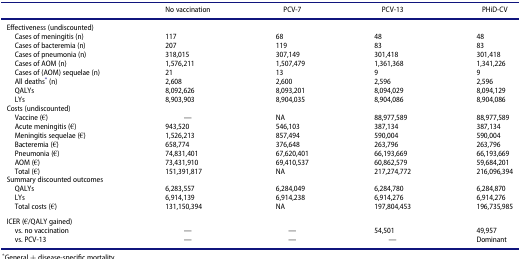
<table><thead><tr><td><b> </b></td><td><b>No vaccination</b></td><td><b>PCV-7</b></td><td><b>PCV-13</b></td><td><b>PHiD-CV</b></td></tr></thead><tbody><tr><td colspan="5">Effectiveness (undiscounted)</td></tr><tr><td> Cases of meningitis (n)</td><td>117</td><td>68</td><td>48</td><td>48</td></tr><tr><td> Cases of bacteremia (n)</td><td>207</td><td>119</td><td>83</td><td>83</td></tr><tr><td> Cases of pneumonia (n)</td><td>318,015</td><td>307,149</td><td>301,418</td><td>301,418</td></tr><tr><td> Cases of AOM (n)</td><td>1,576,211</td><td>1,507,479</td><td>1,361,368</td><td>1,341,226</td></tr><tr><td> Cases of (AOM) sequelae (n)</td><td>21</td><td>13</td><td>9</td><td>9</td></tr><tr><td> All deaths<sup>*</sup> (n)</td><td>2,608</td><td>2,600</td><td>2,596</td><td>2,596</td></tr><tr><td> QALYs</td><td>8,092,626</td><td>8,093,201</td><td>8,094,029</td><td>8,094,129</td></tr><tr><td> LYs</td><td>8,903,903</td><td>8,904,035</td><td>8,904,086</td><td>8,904,086</td></tr><tr><td colspan="5">Costs (undiscounted)</td></tr><tr><td> Vaccine (€)</td><td>—</td><td>NA</td><td>88,977,589</td><td>88,977,589</td></tr><tr><td> Acute meningitis (€)</td><td>943,520</td><td>546,103</td><td>387,134</td><td>387,134</td></tr><tr><td> Meningitis sequelae (€)</td><td>1,526,213</td><td>857,494</td><td>590,004</td><td>590,004</td></tr><tr><td> Bacteremia (€)</td><td>658,774</td><td>376,648</td><td>263,796</td><td>263,796</td></tr><tr><td> Pneumonia (€)</td><td>74,831,401</td><td>67,620,401</td><td>66,193,669</td><td>66,193,669</td></tr><tr><td> AOM (€)</td><td>73,431,910</td><td>69,410,537</td><td>60,862,579</td><td>59,684,201</td></tr><tr><td> Total (€)</td><td>151,391,817</td><td>NA</td><td>217,274,772</td><td>216,096,394</td></tr><tr><td colspan="5">Summary discounted outcomes</td></tr><tr><td> QALYs</td><td>6,283,557</td><td>6,284,049</td><td>6,284,780</td><td>6,284,870</td></tr><tr><td> LYs</td><td>6,914,139</td><td>6,914,238</td><td>6,914,276</td><td>6,914,276</td></tr><tr><td> Total costs (€)</td><td>131,150,394</td><td>NA</td><td>197,804,453</td><td>196,735,985</td></tr><tr><td>ICER (€/QALY gained)</td><td> </td><td> </td><td> </td><td> </td></tr><tr><td> vs. no vaccination</td><td>—</td><td>—</td><td>54,501</td><td>49,957</td></tr><tr><td> vs. PCV-13</td><td>—</td><td>—</td><td>—</td><td>Dominant</td></tr></tbody></table>